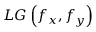
L G \left( f _ { x } , f _ { y } \right)